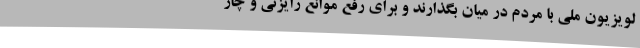
لویزیون ملی با مردم در میان بگذارند و برای رفع موانع رایزنی و چار